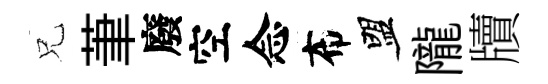
兄茟廢空念布盟隴牘